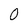
Character: 0